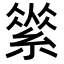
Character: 𦃚